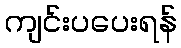
ကျင်းပပေးရန်